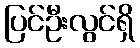
ပြင်ဦးလွင်ရှိ